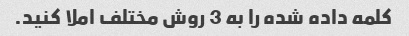
کلمه داده شده را به 3 روش مختلف املا کنید.